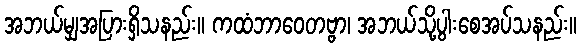
အဘယ်မျှအပြားရှိသနည်း။ ကထံဘာဝေတဗ္ဗာ၊ အဘယ်သို့ပွါးစေအပ်သနည်း။